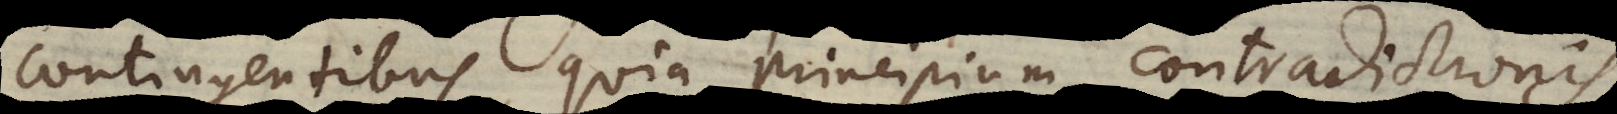
contingentibus, quia principium contradictionis